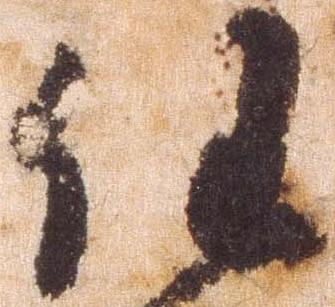
任